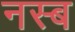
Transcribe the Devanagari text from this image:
नस्ब